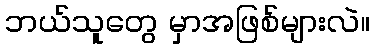
ဘယ်သူတွေ မှာအဖြစ်များလဲ။